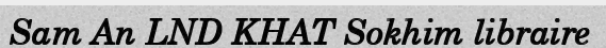
Sam An LND KHAT Sokhim libraire